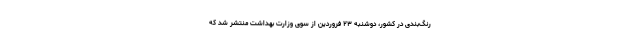
رنگ‌بندی در کشور، دوشنبه ۲۳ فروردین از سوی وزارت بهداشت منتشر شد که